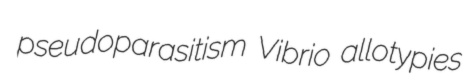
pseudoparasitism Vibrio allotypies